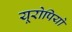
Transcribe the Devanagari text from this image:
यूरोपियो